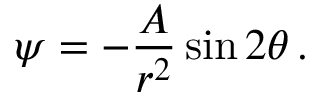
\psi = - { \frac { A } { r ^ { 2 } } } \sin 2 \theta \, .